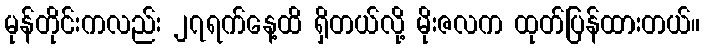
မုန်တိုင်းကလည်း ၂၇ရက်နေ့ထိ ရှိတယ်လို့ မိုးဇလက ထုတ်ပြန်ထားတယ်။